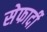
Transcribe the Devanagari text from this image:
सेफार्दी